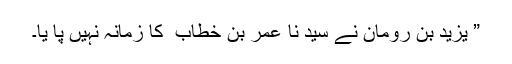
” یزید بن رومان نے سید نا عمر بن خطاب ؓ کا زمانہ نہیں پا یا۔